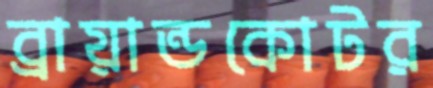
ব্রায়ান্ডকোটর